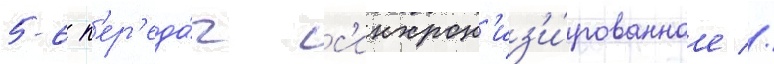
5-6 п'ер'еда́ч с'инхрон'из'и́рованное //